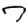
Digit: 7